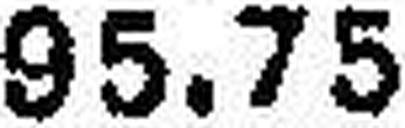
95.75